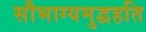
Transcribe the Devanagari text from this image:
सौभाग्यमुद्वहति